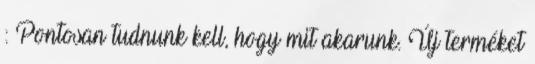
: Pontosan tudnunk kell, hogy mit akarunk. Új terméket